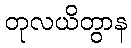
တုလယိတွာန